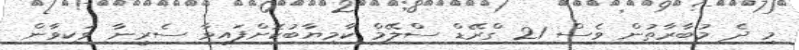
މި ދެ މުބާރާތުން ވެސް 21 ގްރޭޑް ސްލޭމް ކާމިޔާބުކޮށްފައިވާ ސެރީނާ ވަކިވާން